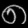
Digit: ၈